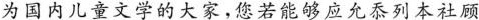
为国内儿童文学的大家，您若能够应允忝列本社顾